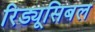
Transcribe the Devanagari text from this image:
रिड्यूसिबल